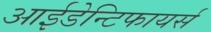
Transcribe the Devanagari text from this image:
आईडेन्टिफायर्स